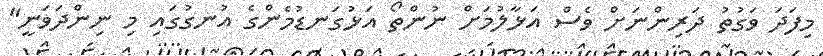
މިފަދަ ވަގުތު ދަރިންނަށް ވެސް އަޅާލުމަށް ނުންތޯ އަޅުގަނޑުމެންގެ އުނގުގައި މި ނިންދަވަނީ"